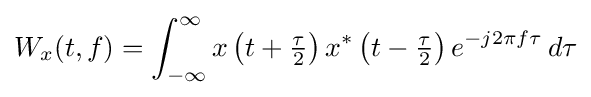
W_{x}(t,f)=\int _{-\infty }^{\infty }x\left(t+{\tfrac {\tau }{2}}\right)x^{*}\left(t-{\tfrac {\tau }{2}}\right)e^{-j2\pi f\tau }\,d\tau